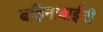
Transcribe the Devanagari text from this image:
बहिनाबाईची